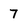
Character: 7